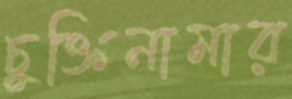
চুক্তিনামার